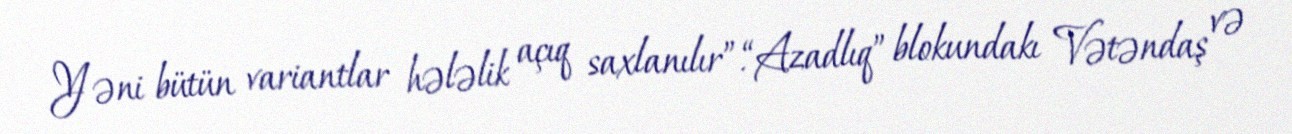
Yəni bütün variantlar hələlik açıq saxlanılır”.“Azadlıq” blokundakı Vətəndaş və